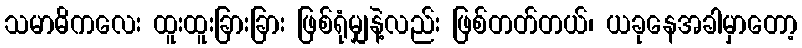
သမာဓိကလေး ထူးထူးခြားခြား ဖြစ်ရုံမျှနဲ့လည်း ဖြစ်တတ်တယ်၊ ယခုနေအခါမှာတော့